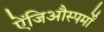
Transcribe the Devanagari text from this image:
ऐंजिऔस्पर्मों